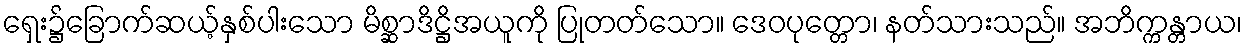
ရှေး၌ခြောက်ဆယ့်နှစ်ပါးသော မိစ္ဆာဒိဋ္ဌိအယူကို ပြုတတ်သော။ ဒေဝပုတ္တော၊ နတ်သားသည်။ အဘိက္ကန္တာယ၊